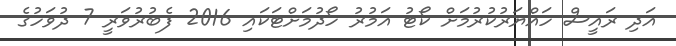
އަދި ރައީސް ހައްޔަރުކުރުމަށް ކޯޓު އަމުރު ހޯދުމަށްޓަކައި 2016 ފެބުރުވަރީ 7 ދުވަހުގެ